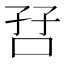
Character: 𫩼